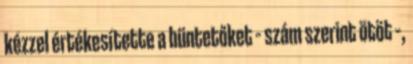
kézzel értékesítette a büntetőket – szám szerint ötöt –,